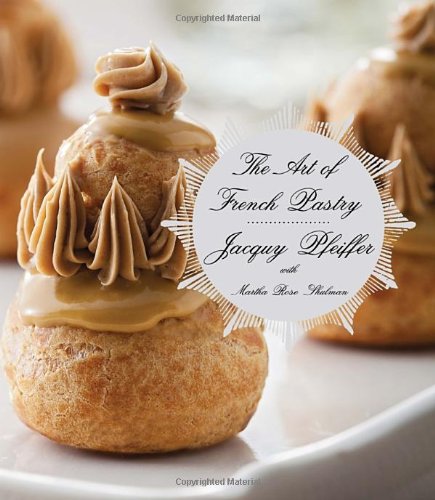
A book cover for The Art of French Pastry; Jacquy Pfeiffer; Cookbooks, Food & Wine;